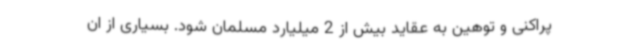
پراکنی و توهین به عقاید بیش از 2 میلیارد مسلمان شود. بسیاری از ان